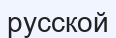
русской